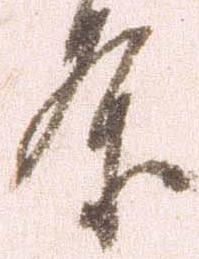
条